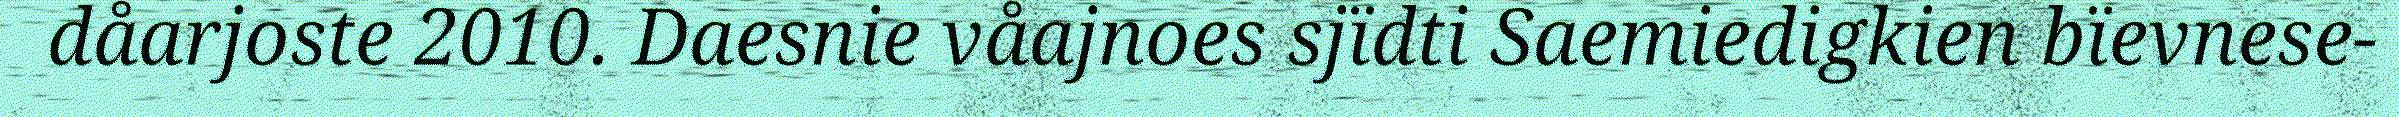
dåarjoste 2010. Daesnie våajnoes sjïdti Saemiedigkien bïevnese-